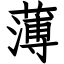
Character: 薄